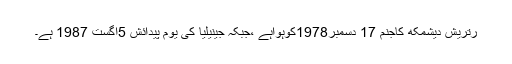
رتریش دیشمکھ کاجنم 17 دسمبر1978کوہواہے ،جبکہ جینیلیا کی یوم پیدائش 5اگست 1987 ہے۔